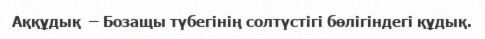
Аққұдық  – Бозащы түбегінің солтүстігі бөлігіндегі құдық.